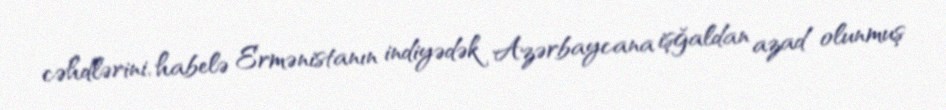
cəhdlərini, habelə Ermənistanın indiyədək Azərbaycana işğaldan azad olunmuş